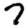
Digit: 7